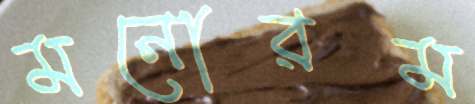
মনোরম